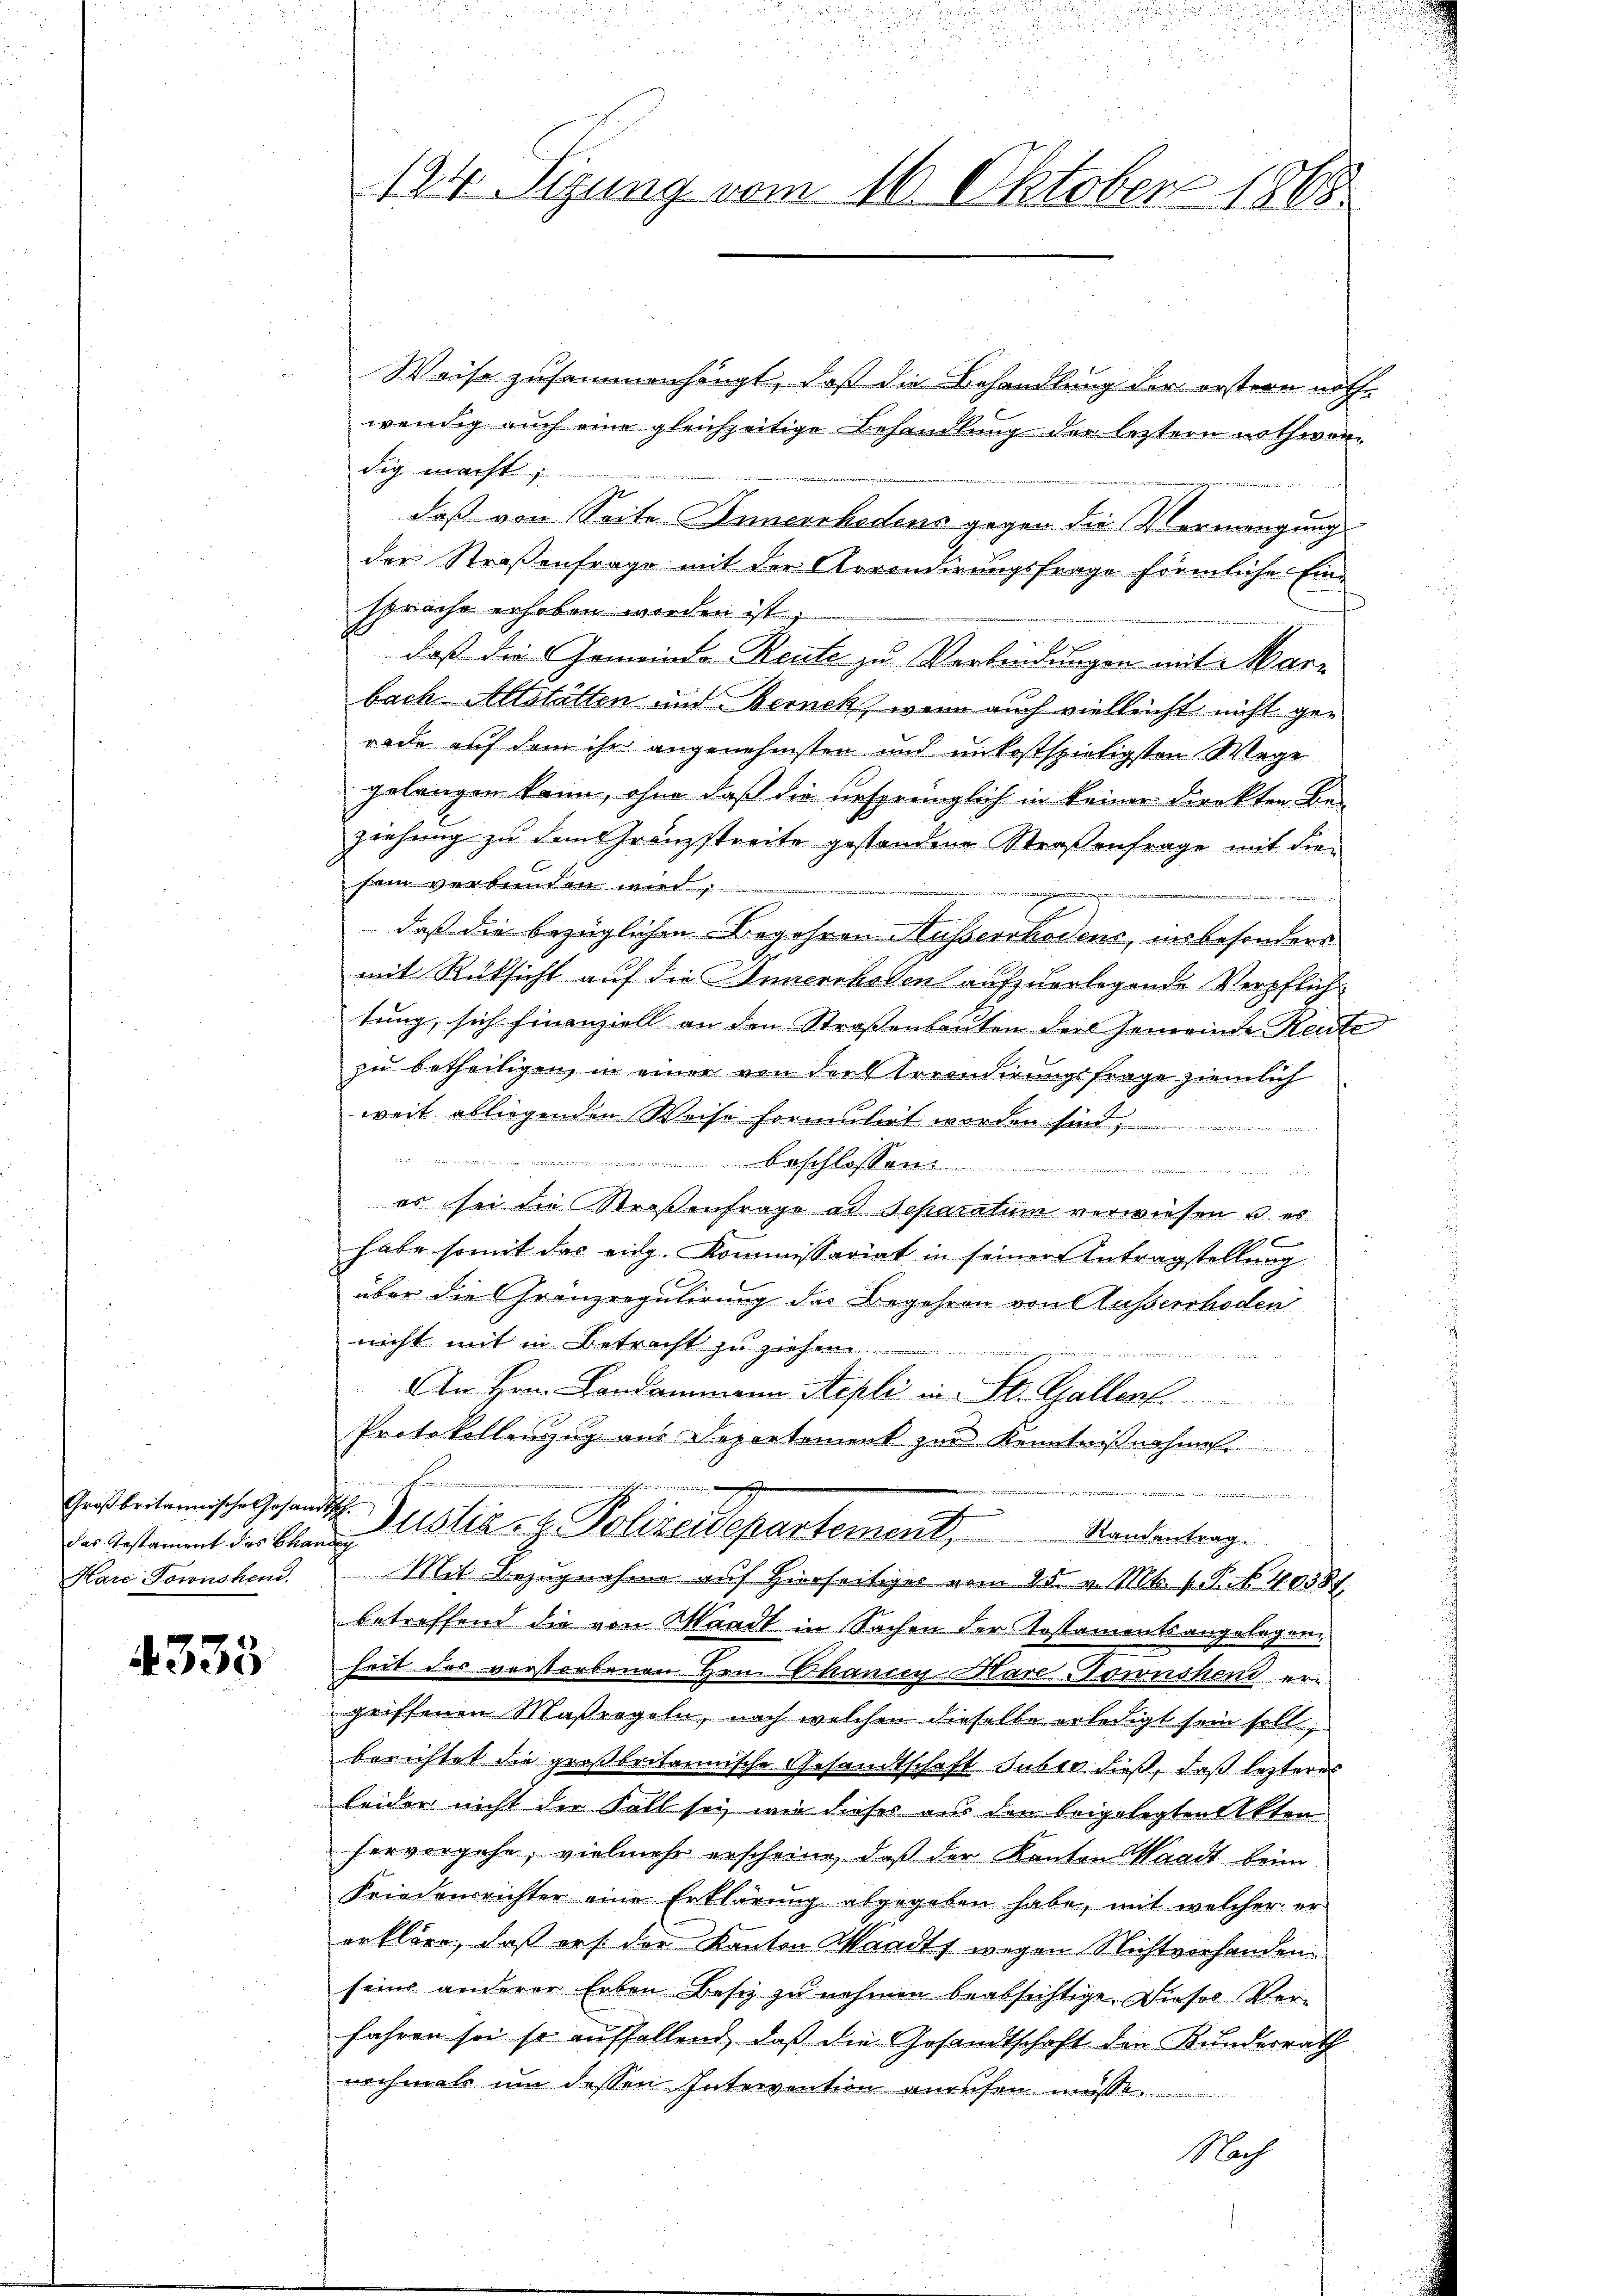
das Testament des Chander

4335

Weise zusammenhängt, daß die Behandlung der erstern nothwendig auch eine gleichzeitige Behandlung der letztern nothwendig macht,
t
daß von Seite Innerrhodens gegen die Vermengung
der Straßenfrage mit der Arrondirungsfrage förmliche Ein-
sprache erhoben werden ist,
daß die Gemeinde Reute zu Verbindungen mit Marbach Altstätten und Bernek, wenn auch vielleicht nicht gerade auf dem ihr angenehmsten und unkostspieligsten Wege
gelangen kann, ohne daß die ursprünglich in keiner Direkten Be-
ziehung zu dem Granzstreite gestandene Straßenfrage mit diesein verbunden wird
u
daß die bezüglichen Begehren Ausserrhodens, insbesonders
mit Rücksicht auf die Innerrhoden aufzuerlegende Verpflich
tung, sich finanziell an den Straßenbauten der Gemeinde Reute
zu betheiligen, in einer von der Erronderungsfrage ziemlich
weit abliegenden Weise formulirt werden sind,

schlossen.....................................................
es sei die Straßenfrage ad Separatum verwiesen u. es
e
habe somit das eidg. Kommissariat in seiner Antragstellung.
über die Gränzregulirung des Begehren von Ausserrhoden
nicht mit in Betracht zu ziehen
An Hrn. Landammann Stepli in St. Gallent.
Protokollenzug aus Departement zur Kenntnißnahme.
e
 Seiter Beater werden se
Großbritannische Gesandt Justiz- & Polizeidepartement, Standentrag.
Hare Tonnshand. Mit Bezugnahme auf Hierseitiger vom 25. v. Mts. v. P. 40387.
betreffend die von Waadt in Sachen der Kostaments angelegen
heit des verstorbenen Hrn. Chancey-Hare-Downshent ergriffenen Maßregeln, nach welchen dieselbe erledigt sein soll,
berichtet die großbritannische Gesandtschaft sub 10 dieß, daß lezteres
leider nicht der Fall sei wie dieser aus den leigelegten Akten
hervorgehe, vielmehr erscheine, daß der Kanton Waadt beim
Friedensrichter eine Erklärung abgegeben habe, mit welcher er
erkläre, daß er der Kanton Waadt wegen Nichtverhanden.
seine anderer Erben Besiz zu nehmen beabsichtige. Dieses Verfahren sei so auffallend, daß die Gesandtschaft den Kundesrath
nochmals um dessen Intervention aussen müsse.
Nach

124. Sizung vom 16. Oktober 1865